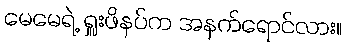
မေမေရဲ့ ရှူးဖိနပ်က အနက်ရောင်လား။